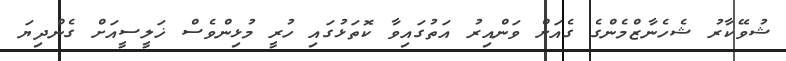
ޝުވޭކާރު ޝެހެނާޒްމެންގެ ގެއަށް ވަންއިރު އަތުގައިވާ ކޮތަޅުގައި ހުރީ މުޅިންވެސް ޚަލީސީއަށް ގެންދިޔަ